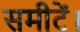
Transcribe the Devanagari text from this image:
समीटें।